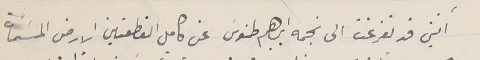
انني قد تفرغت الى نجمه ابراهيم طنوسَ عن كامل القطعتين الارض المسَمّات